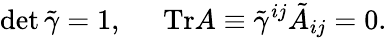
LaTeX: \operatorname*{det}\tilde{\gamma}=1,\; \; \; \; \; \mathrm{Tr}A\equiv\tilde{\gamma}^{ij}\tilde{A}_{ij}=0.